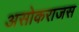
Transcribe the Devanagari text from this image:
असोकराजस